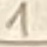
Text: 1